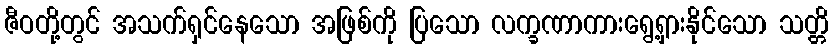
ဇီဝတို့တွင် အသက်ရှင်နေသော အဖြစ်ကို ပြသော လက္ခဏာကားရွေ့ရှားနိုင်သော သတ္တိ